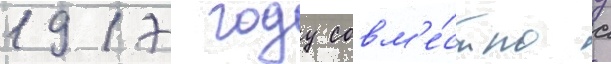
1917 году совм'е́стно с